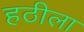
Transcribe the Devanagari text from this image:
हठीला